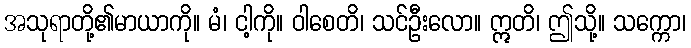
အသုရာတို့၏မာယာကို။ မံ၊ ငါ့ကို။ ဝါစေတိ၊ သင်ဦးလော။ ဣတိ၊ ဤသို့။ သက္ကော၊